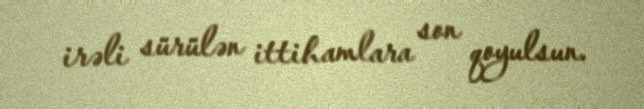
irəli sürülən ittihamlara son qoyulsun.